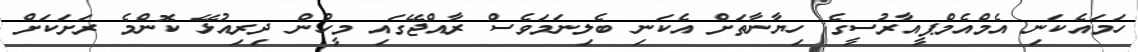
ހަމައެކަނި އެމްއެމްޕީއާރުސީގެ ހިޔާނާތަށް އެކަނި ބެލިނަމަވެސް ރާއްޖޭގައި މީހުން ދިރިއުޅޭ ކޮންމެ ރަށަކަށް